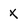
Character: X